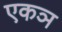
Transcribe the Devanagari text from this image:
एकञ